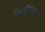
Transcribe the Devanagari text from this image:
पिवळीगावच्या